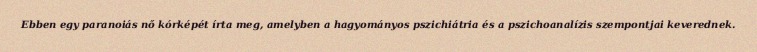
Ebben egy paranoiás nő kórképét írta meg, amelyben a hagyományos pszichiátria és a pszichoanalízis szempontjai keverednek.